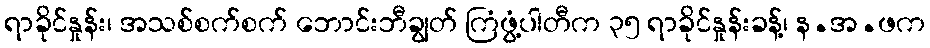
ရာခိုင်နှုန်း၊ အသစ်စက်စက် ဘောင်းဘီချွတ် ကြံဖွံ့ပါတီက ၃၅ ရာခိုင်နှုန်းခန့်၊ န.အ.ဖက